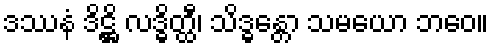
ဒဿနံ ဒိဋ္ဌိ လဒ္ဓိတ္ထီ၊ သိဒ္ဓန္တော သမယော ဘဝေ။